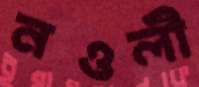
নওলী